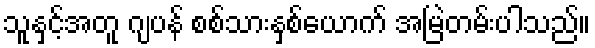
သူနှင့်အတူ ဂျပန် စစ်သားနှစ်ယောက် အမြဲတမ်းပါသည်။